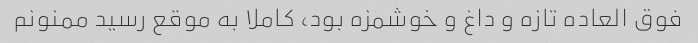
فوق العاده تازه و داغ و خوشمزه بود، کاملا به موقع رسید ممنونم